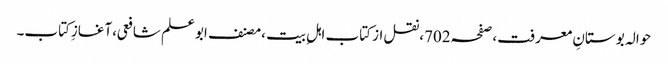
حوالہ بوستانِ معرفت،صفحہ702،نقل از کتاب اہلِ بیت ،مصنف ابوعلم شافعی،آغازِکتاب۔